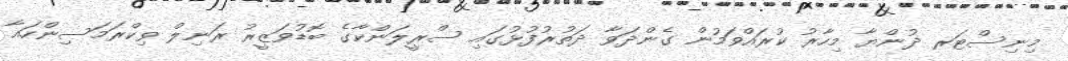
މިނިސްޓަރ ދުންޔާ މިހާރު ކުރައްވަމުން ގެންދަވާ ދަތުރުފުޅުގައި ސްރީލަންކާގެ ބޮޑުވަޒީރު ރަނިލް ވިކްރަމަސިންހައާ